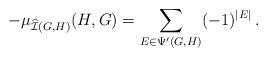
LaTeX: \begin{align*}-\mu_{\widehat{\mathcal{I}}(G,H)}(H,G)=\sum_{E\in\Psi'(G,H)}(-1)^{|E|}\,.\end{align*}